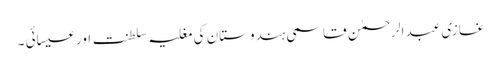
غازی عبد الرحمٰن قاسمی ہندوستان کی مغلیہ سلطنت اور عیسائی ۔